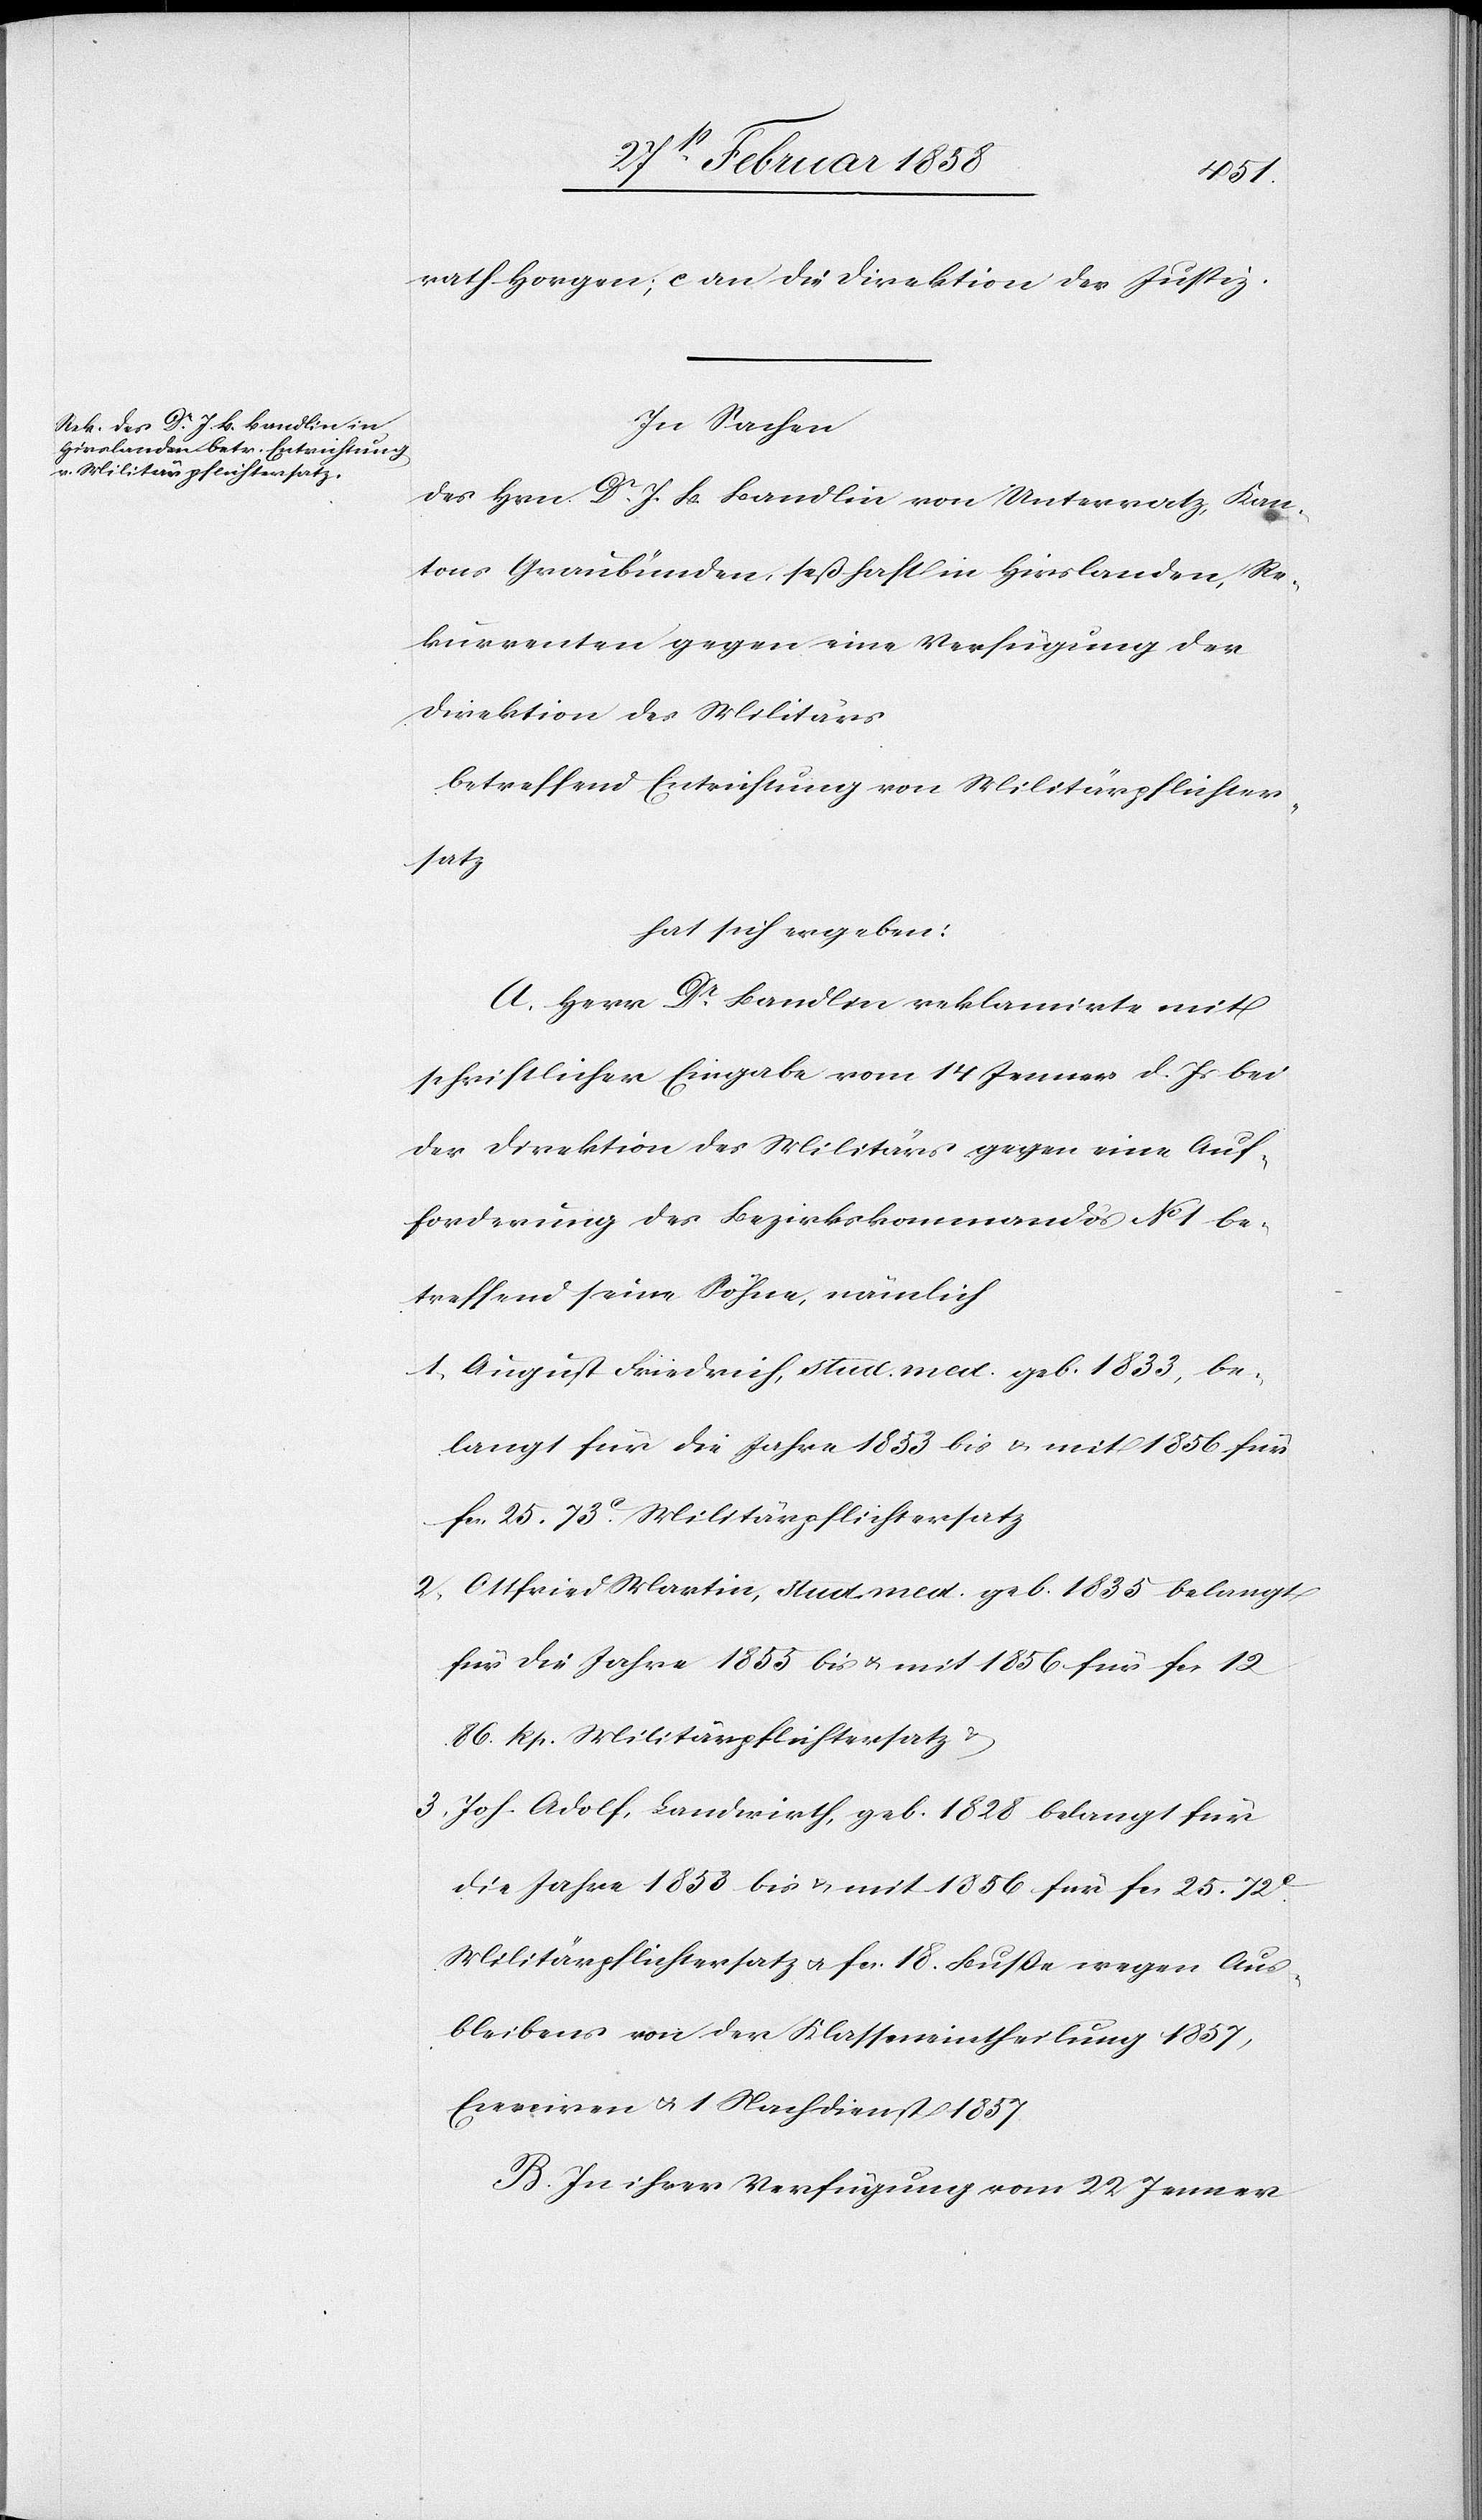
rath Horgen; c. an die Direktion der Justiz.
In Sachen
des Hrn. Dr J. B. Bandlin von Untervatz, Kan¬
tons Graubünden, seßhaft in Hirslanden, Re¬
kurrenten gegen eine Verfügung der
Direktion des Militärs
betreffend Entrichtung von Militärpflichter¬
satz
hat sich ergeben:
A. Herr Dr Bandlin reklamirte mit
schriftlicher Eingabe vom 14 Jenner d. Js bei
der Direktion des Militärs gegen eine Auf¬
forderung des Bezirkskommandos No 1 be¬
treffend seine Söhne, nämlich:
1. August Friedrich, stud. med. geb. 1833, be¬
langt für die Jahre 1853 bis u. mit 1856 für
fcs. 25. 73 c Militärpflichtersatz
2. Ottfried Martin, stud. med. geb. 1835 belangt
für die Jahre 1855 bis u. mit 1856 für fcs. 12
86 Rp. Militärpflichtersatz
3. Joh. Adolf, Landwirth, geb. 1828 belangt für
die Jahre 1853 bis u. mit 1856 für fcs. 25. 72
Militärpflichtersatz u. fcs. 18. Buße wegen Aus¬
bleibens von der Klasseneintheilung 1857,
Ecerciren u. 1 Nachdienst 1857.
B. In ihrer Verfügung vom 22 Jenner